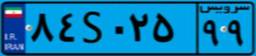
۸۴S۰۲۵۹۹